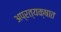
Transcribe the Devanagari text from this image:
अप्रत्यक्षात